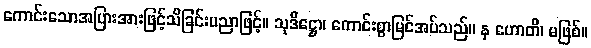
ကောင်းသောအပြားအားဖြင့်သိခြင်းပညာဖြင့်။ သုဒိဋ္ဌော၊ ကောင်းစွာမြင်အပ်သည်။ န ဟောတိ၊ မဖြစ်။